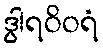
ဒွါရဝိဝရံ